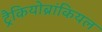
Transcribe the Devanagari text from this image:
ट्रैकियोब्रांकियल